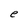
Character: e